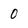
Character: 0